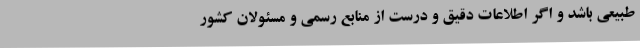
طبیعی باشد و اگر اطلاعات دقیق و درست از منابع رسمی و مسئولان کشور